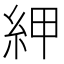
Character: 𰫠